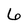
Character: 6